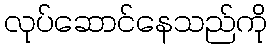
လုပ်ဆောင်နေသည်ကို